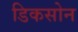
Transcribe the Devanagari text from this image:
डिकसोन